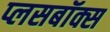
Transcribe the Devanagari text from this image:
प्लसबॉक्स